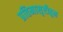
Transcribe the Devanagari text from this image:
प्रतिमासृष्टीहून